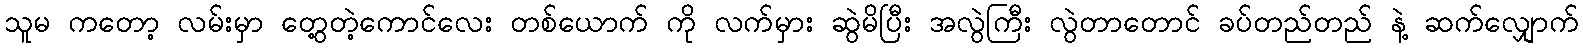
သူမ ကတော့ လမ်းမှာ တွေ့တဲ့ကောင်လေး တစ်ယောက် ကို လက်မှား ဆွဲမိပြီး အလွဲကြီး လွဲတာတောင် ခပ်တည်တည် နဲ့ ဆက်လျှောက်